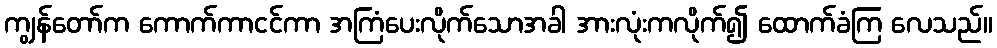
ကျွန်တော်က ကောက်ကာငင်ကာ အကြံပေးလိုက်သောအခါ အားလုံးကလိုက်၍ ထောက်ခံကြ လေသည်။